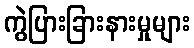
ကွဲပြားခြားနားမှုများ